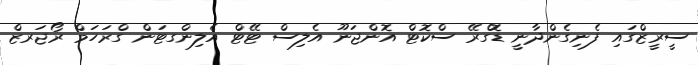
ސީރީޒްގައި ފެނިގެންދާނީ ޑޮގްރޭ ސްކޮޓް އޮންޖަނޫ އެލިސް ޓޭޓް އެލިންގޓަން ގްރަހަމް ރޯޖަރޒް